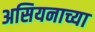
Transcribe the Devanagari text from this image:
असियनाच्या